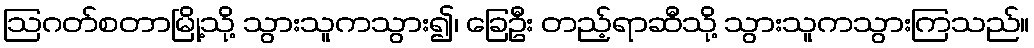
ဩဂတ်စတာမြို့သို့ သွားသူကသွား၍၊ ခြေဦး တည့်ရာဆီသို့ သွားသူကသွားကြသည်။